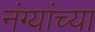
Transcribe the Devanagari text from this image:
नंग्यांच्या